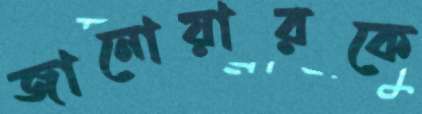
জানোয়ারকে